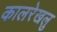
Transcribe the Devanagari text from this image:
कालरेखलु